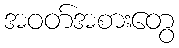
အဝတ်အစားတွေ